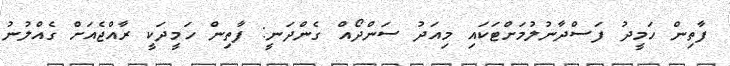
ފާތިން ހަމީދު ފަސްދާނުލުމަށްޓަކައި މިއަދު ސަންދޯއް ގެންދަނީ: ފާތިން ހަމީދަކީ ރާއްޖެއަށް ގެއްލުނު